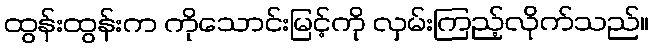
ထွန်းထွန်းက ကိုသောင်းမြင့်ကို လှမ်းကြည့်လိုက်သည်။